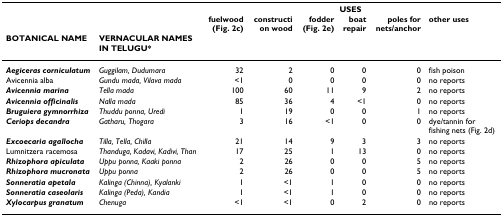
<table><thead><tr><td></td><td></td><td colspan="6"><b>USES</b></td></tr><tr><td></td><td></td><td><b>fuelwood (Fig. 2c)</b></td><td><b>construction wood</b></td><td><b>fodder (Fig. 2e)</b></td><td><b>boat repair</b></td><td><b>poles for nets/anchor</b></td><td><b>other uses</b></td></tr><tr><td><b>BOTANICAL NAME</b></td><td><b>VERNACULAR NAMES IN TELUGU*</b></td><td></td><td></td><td></td><td></td><td></td><td></td></tr></thead><tbody><tr><td><b><i>Aegiceras corniculatum</i></b></td><td><i>Guggilam, Dudumara</i></td><td>32</td><td>2</td><td>0</td><td>0</td><td>0</td><td>fish poison</td></tr><tr><td>Avicennia alba</td><td><i>Gundu mada, Vilava mada</i></td><td>&lt;1</td><td>0</td><td>0</td><td>0</td><td>0</td><td>no reports</td></tr><tr><td><b><i>Avicennia marina</i></b></td><td><i>Tella mada</i></td><td>100</td><td>60</td><td>11</td><td>9</td><td>2</td><td>no reports</td></tr><tr><td><b><i>Avicennia officinalis</i></b></td><td><i>Nalla mada</i></td><td>85</td><td>36</td><td>4</td><td>&lt;1</td><td>0</td><td>no reports</td></tr><tr><td><b><i>Bruguiera gymnorrhiza</i></b></td><td><i>Thuddu ponna, Uredi</i></td><td>1</td><td>19</td><td>0</td><td>0</td><td>1</td><td>no reports</td></tr><tr><td><b><i>Ceriops decandra</i></b></td><td><i>Gatharu, Thogara</i></td><td>3</td><td>16</td><td>&lt;1</td><td>0</td><td>0</td><td>dye/tannin for fishing nets (Fig. 2d)</td></tr><tr><td><b><i>Excoecaria agallocha</i></b></td><td><i>Tilla, Tella, Chilla</i></td><td>21</td><td>14</td><td>9</td><td>3</td><td>3</td><td>no reports</td></tr><tr><td>Lumnitzera racemosa</td><td><i>Thanduga, Kadavi, Kadivi, Than</i></td><td>17</td><td>25</td><td>1</td><td>13</td><td>0</td><td>no reports</td></tr><tr><td><b><i>Rhizophora apiculata</i></b></td><td><i>Uppu ponna, Kaaki ponna</i></td><td>2</td><td>26</td><td>0</td><td>0</td><td>5</td><td>no reports</td></tr><tr><td><b><i>Rhizophora mucronata</i></b></td><td><i>Uppu ponna</i></td><td>2</td><td>26</td><td>0</td><td>0</td><td>5</td><td>no reports</td></tr><tr><td><b><i>Sonneratia apetala</i></b></td><td><i>Kalinga (Chinna), Kyalanki</i></td><td>1</td><td>&lt;1</td><td>1</td><td>0</td><td>0</td><td>no reports</td></tr><tr><td><b><i>Sonneratia caseolaris</i></b></td><td><i>Kalinga (Peda), Kandia</i></td><td>1</td><td>&lt;1</td><td>1</td><td>0</td><td>0</td><td>no reports</td></tr><tr><td><b><i>Xylocarpus granatum</i></b></td><td><i>Chenuga</i></td><td>&lt;1</td><td>&lt;1</td><td>0</td><td>2</td><td>0</td><td>no reports</td></tr></tbody></table>